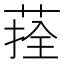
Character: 𦴽